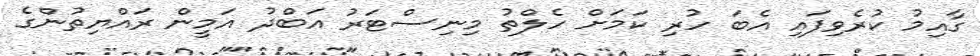
ގާއިމު ކުރެވިފައި އެބަ ހުރި ކަމަށް ހެލްތު މިިނިސްޓަރު އަބްދު އަމީން ރައްޔިތުންގެ